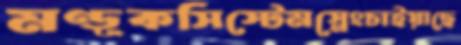
মণ্ডূকসিস্টেমস্নেংচাইয়াছে